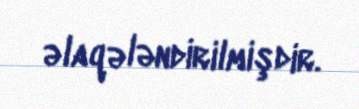
əlaqələndirilmişdir.